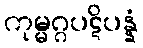
ကုမ္မဂ္ဂပဋိပန္နံ